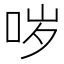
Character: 哕